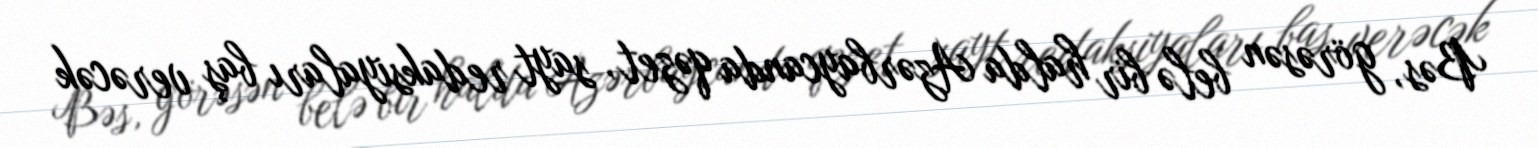
Bəs, görəsən belə bir halda Azərbaycanda qəzet, sayt redaksiyaları baş verəcək